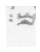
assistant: שם